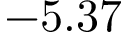
- 5 . 3 7